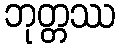
ဘုတ္တဿ